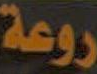
روعة